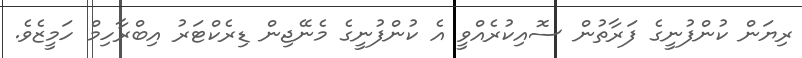
ރިޔަން ކުންފުނީގެ ފަރާތުން ސޮއިކުރެއްވީ އެ ކުންފުނީގެ މެނޭޖިން ޑިރެކްޓަރު އިބްރާހިމް ހަމީޒެވެ.